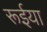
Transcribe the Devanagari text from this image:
रूईया